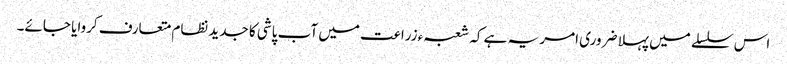
اس سلسلے میں پہلا ضروری امر یہ ہے کہ شعبہء زراعت میں آب پاشی کا جدید نظام متعارف کروایا جائے۔